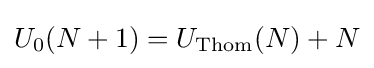
U_{0}(N+1)=U_{\text{Thom}}(N)+N